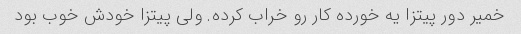
خمیر دور پیتزا یه خورده کار رو خراب کرده. ولی پیتزا خودش خوب بود